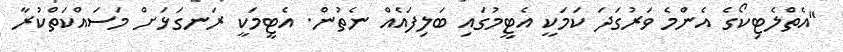
"އެތްލެޓިކޯގެ އެންމެ ވަރުގަދަ ކަމަކީ އެޓީމުގައި ބަލިފައެއް ނެތުން. އެޓީމަކީ ރަނގަޅަށް މަސައްކަތްކުރާ